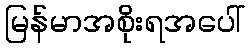
မြန်မာအစိုးရအပေါ်